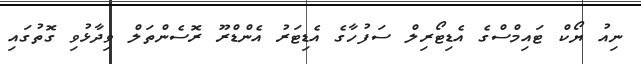
ނިއު ޔޯކް ޓައިމްސްގެ އެޑިޓޯރިލް ސަފުހާގެ އެޑިޓަރު އެންޑްރޫ ރޮސެންތަލް ވިދާޅުވި ގޮތުގައި